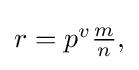
{\textstyle r=p^{v}{\frac {m}{n}},}